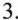
3.